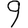
Digit: 9